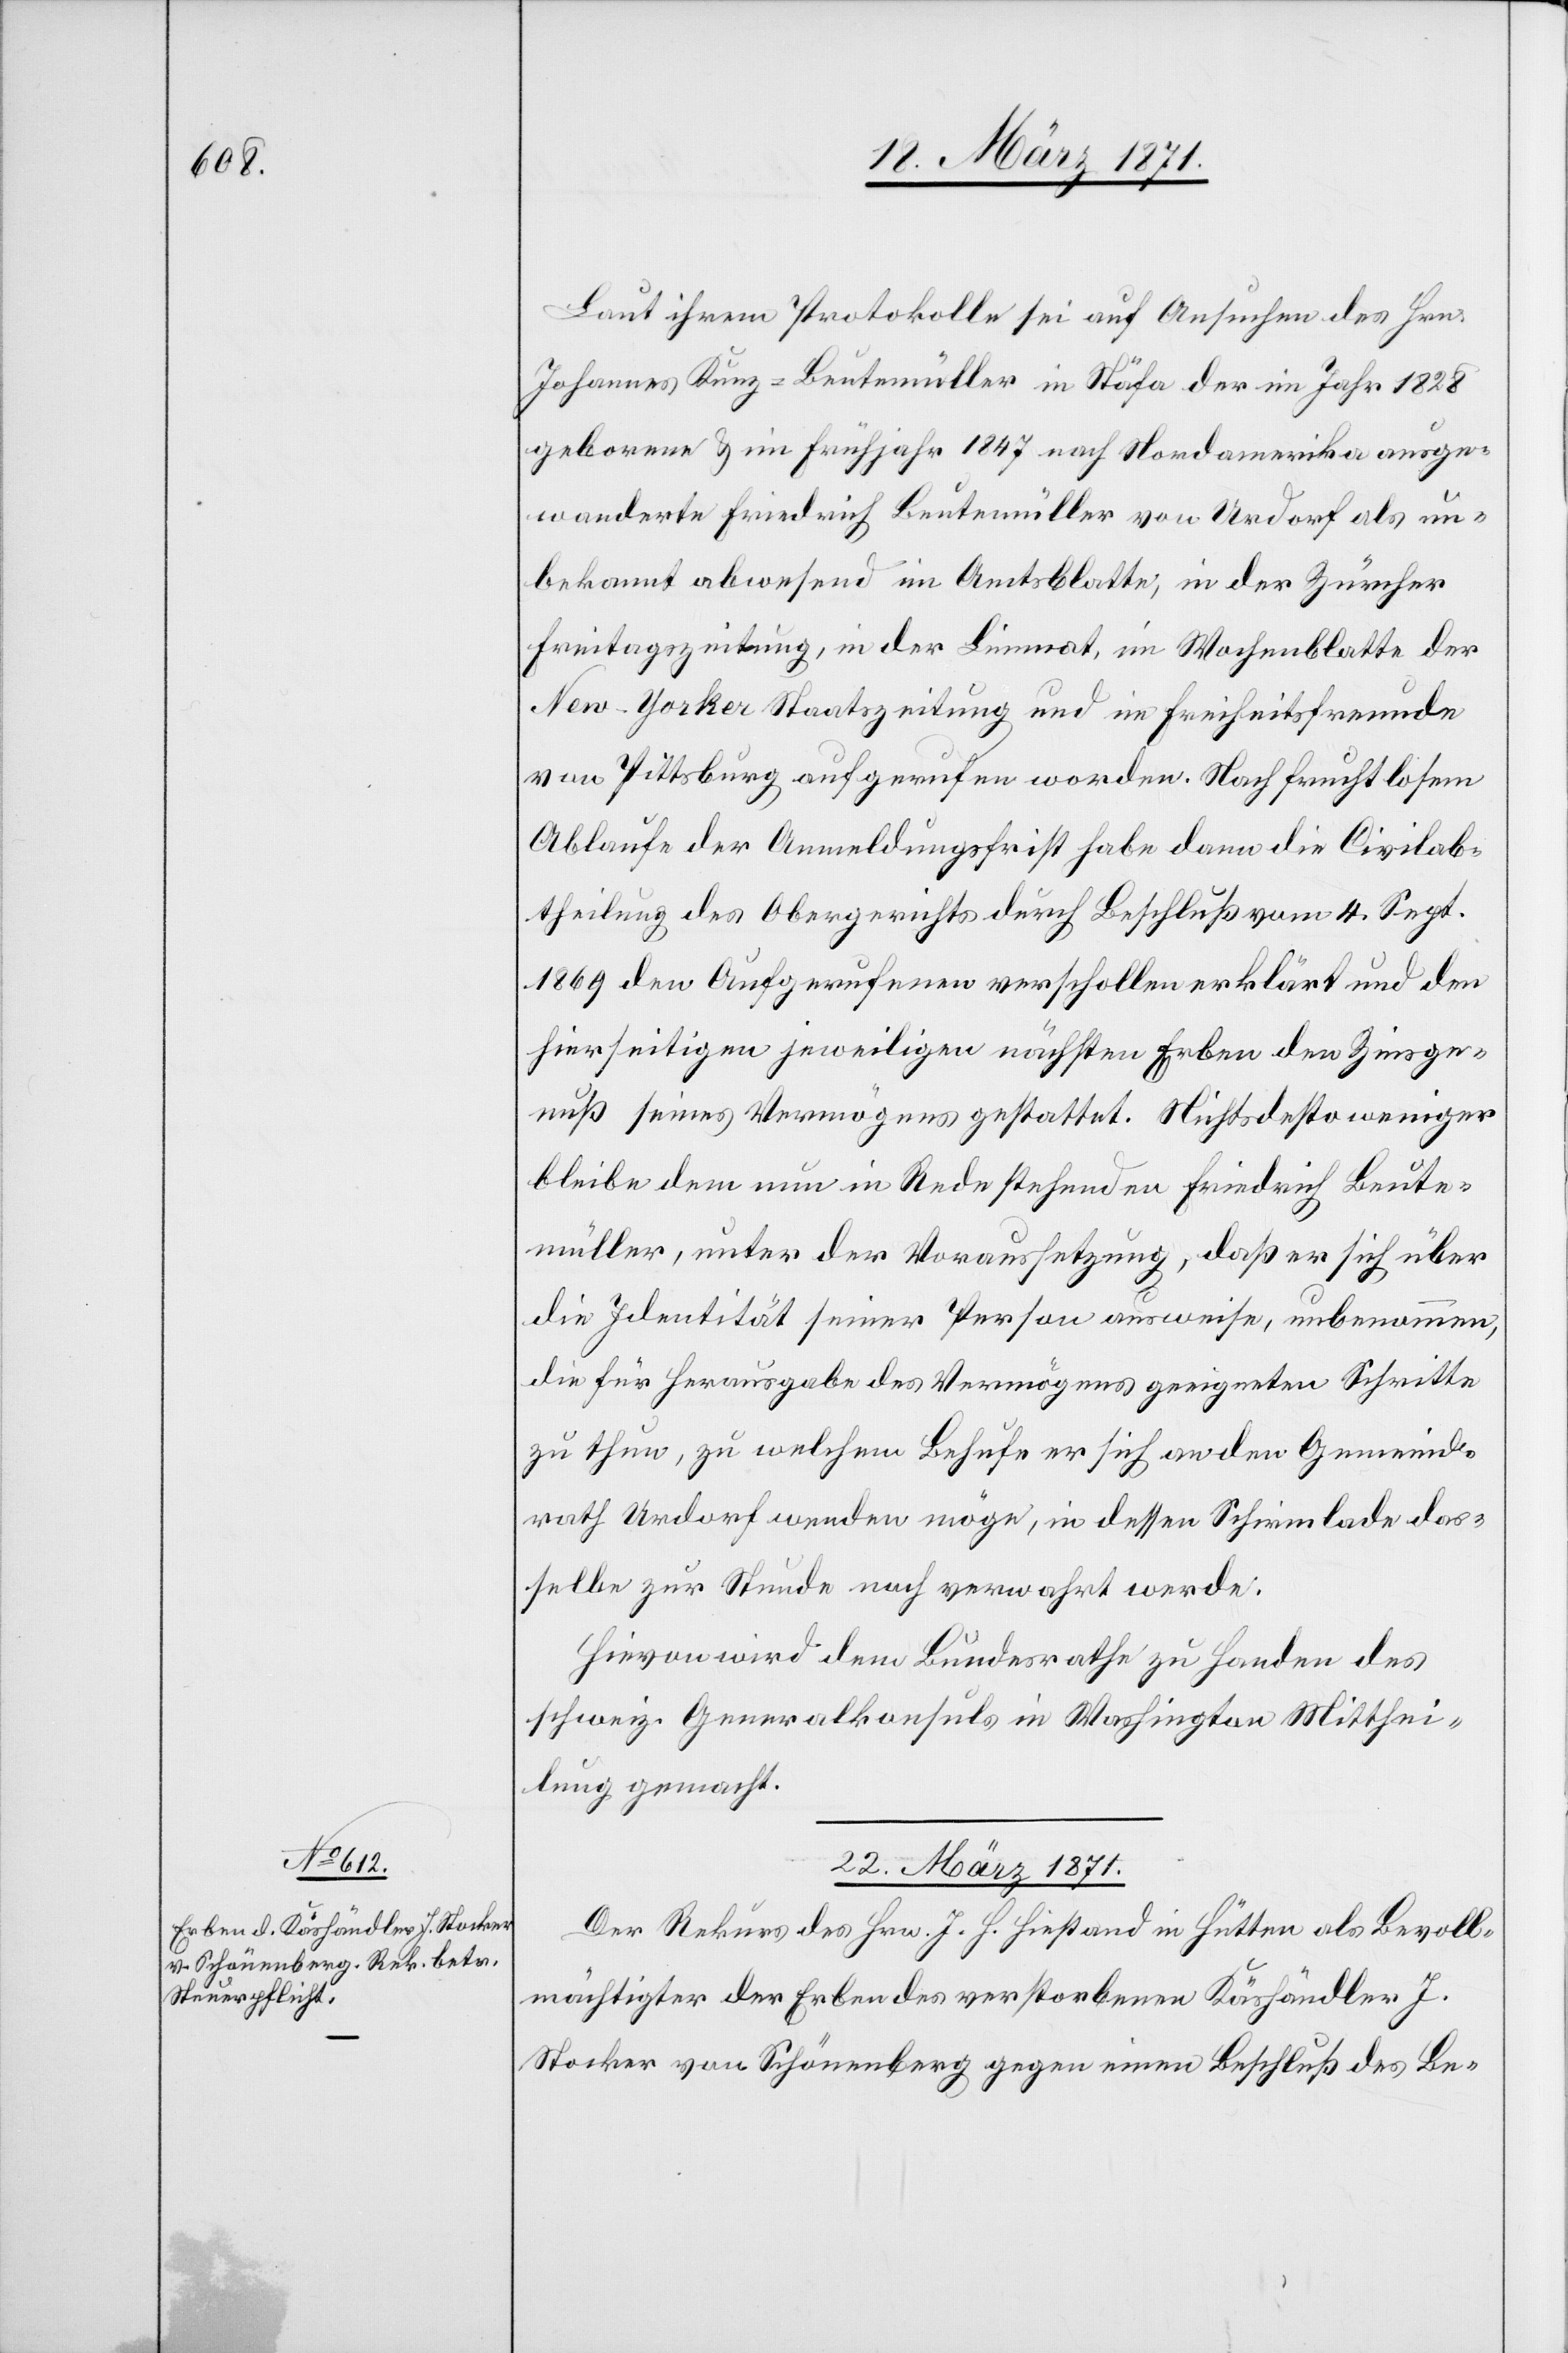
Laut ihrem Protokolle sei auf Ansuchen des Hrn.
Johannes Kunz-Beutemüller in Stäfa der im Jahre 1828
geborene u. im Frühjahr 1847 nach Nordamerika ausge¬
wanderte Friedrich Beutemüller von Urdorf als un¬
bekannt abwesend im Amtsblatte, in der Zürcher
Freitagszeitung, in der Limmat, im Wochenblatte der
New-Yorker Staatszeitung und im Freiheitsfreunde
von Pittsburg aufgerufen worden. Nach fruchtlosem
Ablaufe der Anmeldungsfrist habe dann die Civilab¬
theilung des Obergerichts durch Beschluß vom 4. Sept.
1869 den Aufgerufenen verschollen erklärt und den
hierseitigen jeweiligen nächsten Erben den Zinsge¬
nuß seines Vermögens gestattet. Nichtsdestoweniger
bleibe dem nun in Rede stehenden Friedrich Beute¬
müller, unter der Voraussetzung, daß er sich über
die Identität seiner Person ausweise, unbenommen,
die für Herausgabe des Vermögens geeigneten Schritte
zu thun, zu welchem Behufe er sich an den Gemeind¬
rath Urdorf wenden möge, in dessen Schirmlade das¬
selbe zur Stunde noch verwahrt werde:
Hievon wird dem Bundesrathe zu Handen des
schweiz. Generalkonsuls in Washington Mitthei¬
lung gemacht.
22. März 1871.
Der Rekurs des Hrn. J. H. Hiestand in Hütten als Bevoll¬
mächtigter der Erben des verstorbenen Käshändler J.
Stocker von Schönenberg gegen einen Beschluß des Be-